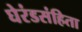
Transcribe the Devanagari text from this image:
घेरंडसंहिता